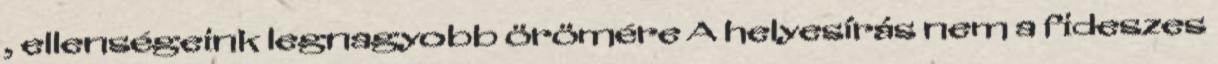
, ellenségeink legnagyobb örömére A helyesírás nem a fideszes